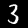
Digit: 3